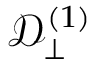
\mathcal { D } _ { \perp } ^ { ( 1 ) }